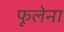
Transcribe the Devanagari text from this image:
फूलेना